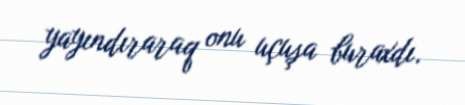
yayındıraraq onu uçuşa buraxdı.